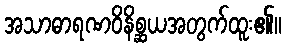
အသာဓာရဏဝိနိစ္ဆယအတွက်ထူး၏။